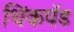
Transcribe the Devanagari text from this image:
थिंकपॅड